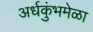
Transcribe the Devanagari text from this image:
अर्धकुंभमेळा